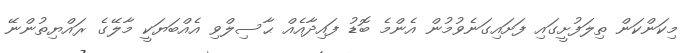
މިކަންކަން ތިލަފުށީގައި ފަށައިގަނެވުމުން އެންމެ ބޮޑު ފައިދާއެއް ޙާސިލްވި އެއްބަޔަކީ މާލޭގެ ރައްޔިތުންނޭ